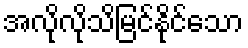
အလိုလိုသိမြင်နိုင်သော